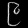
Digit: ၉